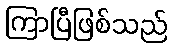
ကြာပြီဖြစ်သည်